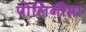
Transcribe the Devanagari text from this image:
पोलिनीमा